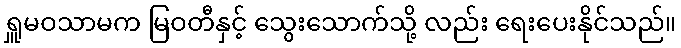
ရှူမဝသာမက မြဝတီနှင့် သွေးသောက်သို့ လည်း ရေးပေးနိုင်သည်။